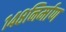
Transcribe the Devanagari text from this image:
१४८निर्माण